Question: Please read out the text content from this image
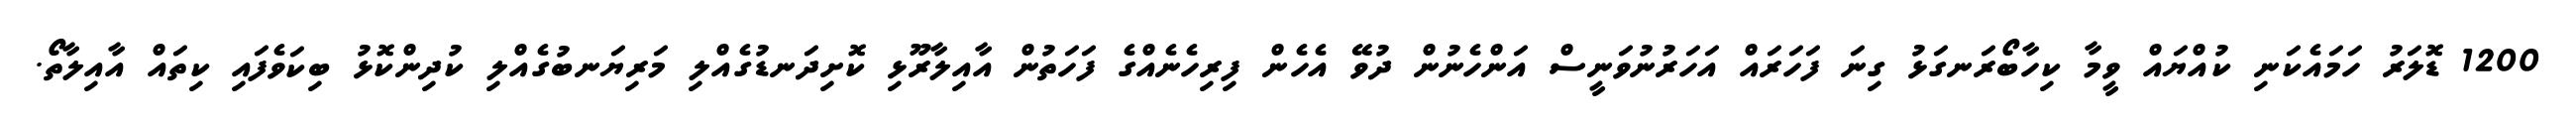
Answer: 1200 ޑޮލަރު ހަމައެކަނި ކުއްޔައް ވީމާ ކިހާބޯރަނގަޅު ގިނަ ފަހަރައް އަހަރުނުވަނީސް އަންހެނުން ދުވޭ އެހެން ފިރިހެނެއްގެ ފަހަތުން އާއިލާރޫޅި ކޮށިދަނޑުގެއްލި މަރިޔަނބުގެއްލި ކުދިންކޮޅު ބިކަވެފައި ކިތައް އާއިލާތޯ.